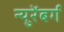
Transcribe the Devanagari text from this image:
न्युरेंबर्ग